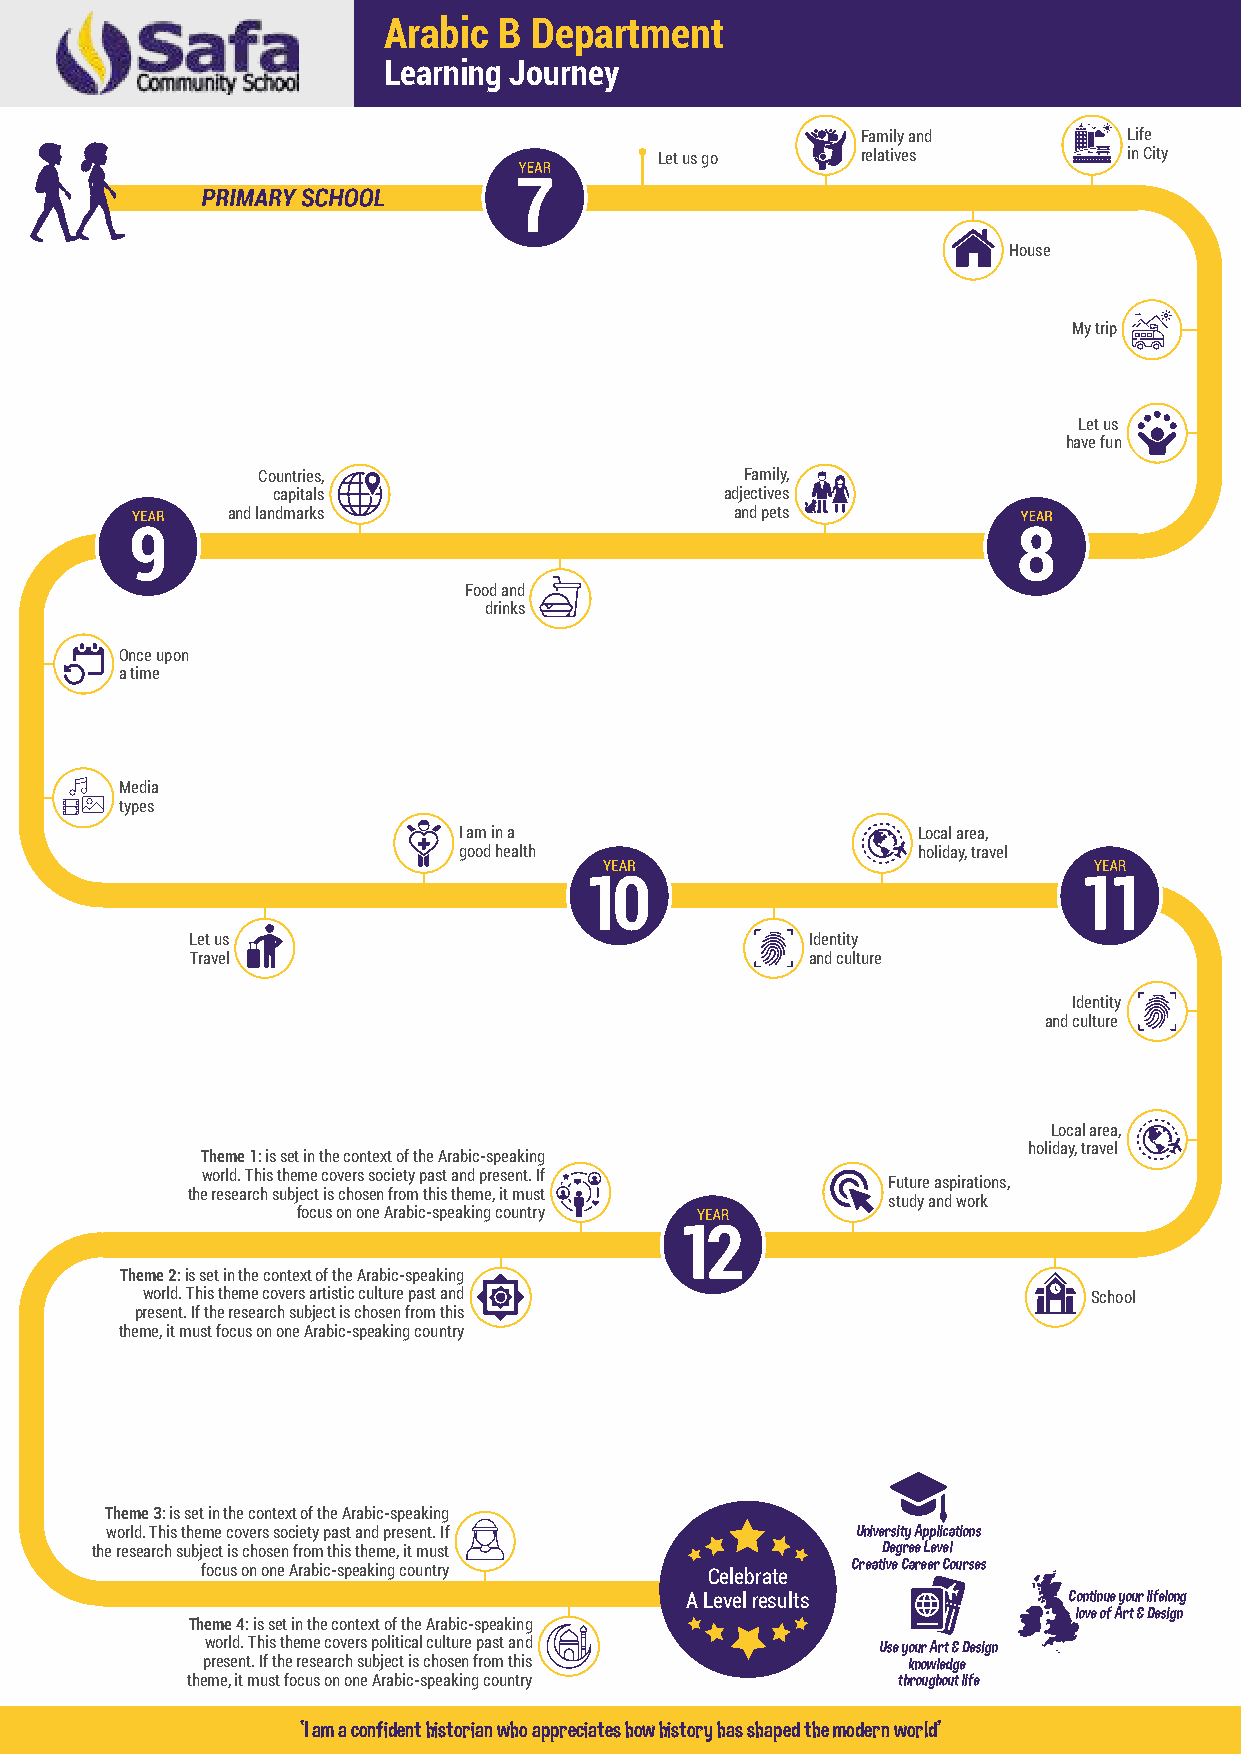
Arabic  B Department
 Learning Journey
 Family and        Life
 Let us go    relatives         in City
 House
 My trip
 Let us
 have fun
 Countries,                      Family,
 capitals                      adjectives
 and landmarks                     and pets
 Food and
 drinks
 Once upon
 a time
 Media
 types
 I am in a                      Local area,
 good health                    holiday, travel
 Let us                                   Identity
 Travel                                   and culture
 Identity
 and culture
 Local area,
 holiday, travel
 Theme 1: is set in the context of the Arabic-speaking
 world. This theme covers society past and present. If
 Future aspirations,
 the research subject is chosen from this theme, it must
 study and work
 focus on one Arabic-speaking country
 Theme 2: is set in the context of the Arabic-speaking
 world. This theme covers artistic culture past and             School
 present. If the research subject is chosen from this
 theme, it must focus on one Arabic-speaking country
 Theme 3: is set in the context of the Arabic-speaking
 world. This theme covers society past and present. If University Applications
 the research subject is chosen from this theme, it must Degree Level
 Creative Career Courses
 focus on one Arabic-speaking country Celebrate
 A Level results           Continue your lifelong
 love of Art & Design
 Theme 4: is set in the context of the Arabic-speaking
 world. This theme covers political culture past and Use your Art & Design
 present. If the research subject is chosen from this knowledge
 theme, it must focus on one Arabic-speaking country throughout life
 ‘I am a confident historian who appreciates how history has shaped the modern world’